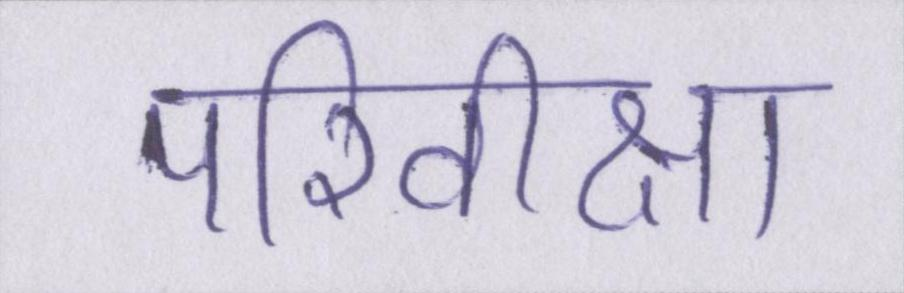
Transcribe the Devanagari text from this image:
परिवीक्षा